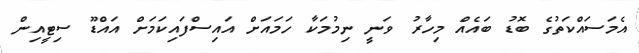
އެމަސައްކަތުގެ ބޮޑު ބައެއްް މިހާރު ވަނީ ނިމުމަކާ ހަމައަށް އައިސްފައިކަމަށް އައްޑޫ ސިޓީއިން